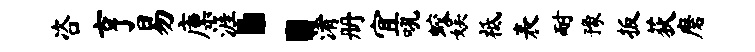
咨亨易廪涯：淆册宜吼蛟娱祗表耐豫扳荻磨